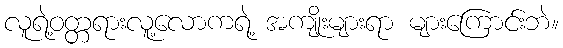
လူရဲ့ဝတ္တရားလူ့လောကရဲ့ အကျိုးများရာ များကြောင်းဘဲ။